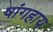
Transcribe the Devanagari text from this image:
षांगहाय